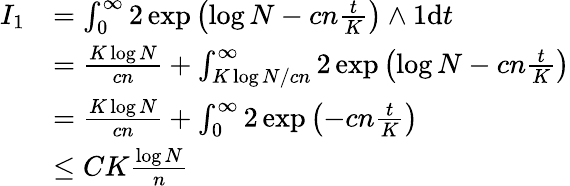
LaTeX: \begin{array}{rl}{I_{1}}&{=\int_{0}^{\infty}2\exp\left(\log N-cn\frac{t}{K}\right)\wedge 1\mathrm{d}t}\\ &{=\frac{K\log N}{cn}+\int_{{K\log N}/{cn}}^{\infty}2\exp\left(\log N-cn\frac{t}{K}\right)}\\ &{=\frac{K\log N}{cn}+\int_{0}^{\infty}2\exp\left(-cn\frac{t}{K}\right)}\\ &{\leq CK\frac{\log N}{n}}\end{array}